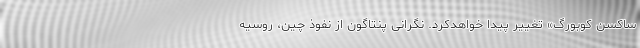
ساکسن کوبورگ» تغییر پیدا خواهدکرد. نگرانی پنتاگون از نفوذ چین، روسیه